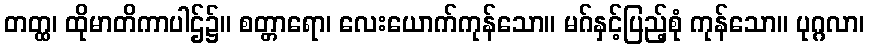
တတ္ထ၊ ထိုမာတိကာပါဌ်၌။ စတ္တာရော၊ လေးယောက်ကုန်သော။ မဂ်နှင့်ပြည့်စုံ ကုန်သော။ ပုဂ္ဂလာ၊